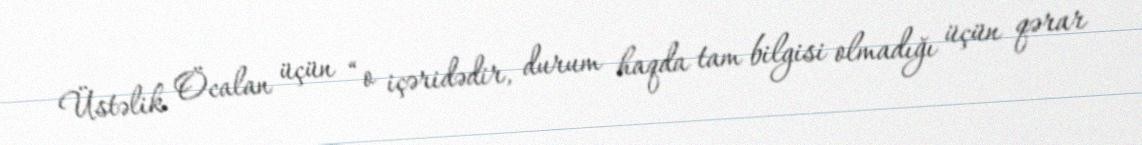
Üstəlik Öcalan üçün “o içəridədir, durum haqda tam bilgisi olmadığı üçün qərar